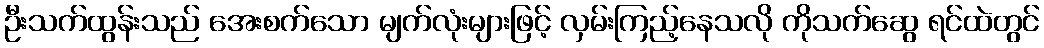
ဦးသက်ထွန်းသည် အေးစက်သော မျက်လုံးများဖြင့် လှမ်းကြည့်နေသလို ကိုသက်ဆွေ ရင်ထဲတွင်